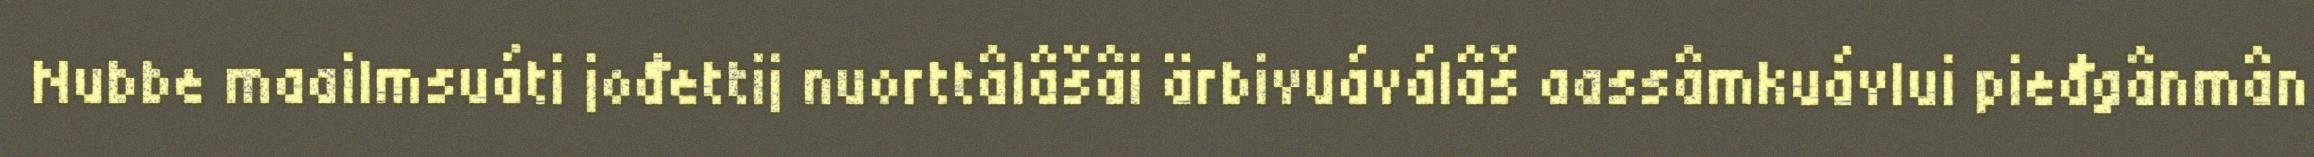
Nubbe maailmsuáti jođettij nuorttâlâšâi ärbivuáválâš aassâmkuávlui pieđgânmân